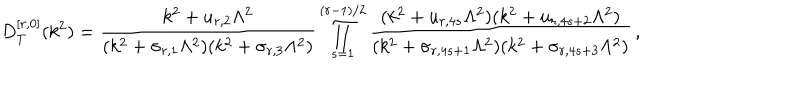
D _ { T } ^ { [ r , 0 ] } ( k ^ { 2 } ) = \frac { k ^ { 2 } + u _ { r , 2 } \Lambda ^ { 2 } } { ( k ^ { 2 } + \sigma _ { r , 1 } \Lambda ^ { 2 } ) ( k ^ { 2 } + \sigma _ { r , 3 } \Lambda ^ { 2 } ) } \prod _ { s = 1 } ^ { ( r - 1 ) / 2 } \frac { ( k ^ { 2 } + u _ { r , 4 s } \Lambda ^ { 2 } ) ( k ^ { 2 } + u _ { r , 4 s + 2 } \Lambda ^ { 2 } ) } { ( k ^ { 2 } + \sigma _ { r , 4 s + 1 } \Lambda ^ { 2 } ) ( k ^ { 2 } + \sigma _ { r , 4 s + 3 } \Lambda ^ { 2 } ) } \, ,